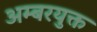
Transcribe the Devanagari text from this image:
अम्बरयुक्त